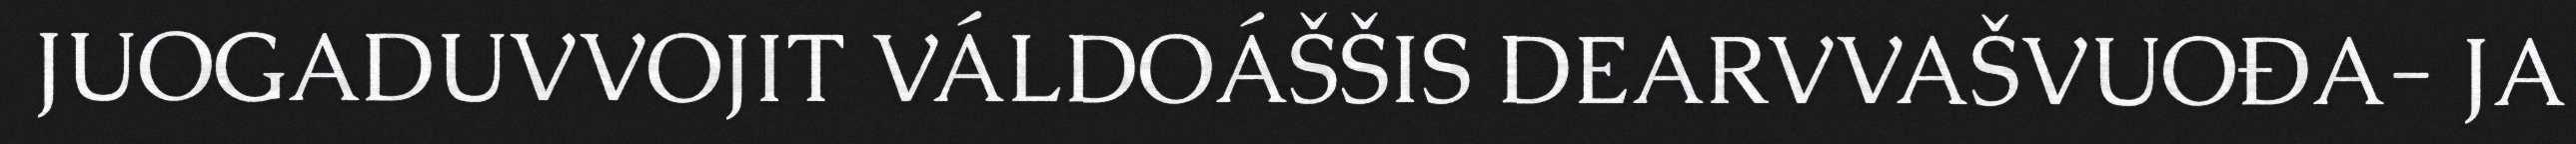
JUOGADUVVOJIT VÁLDOÁŠŠIS DEARVVAŠVUOĐA- JA